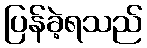
ပြန်ခဲ့ရသည်